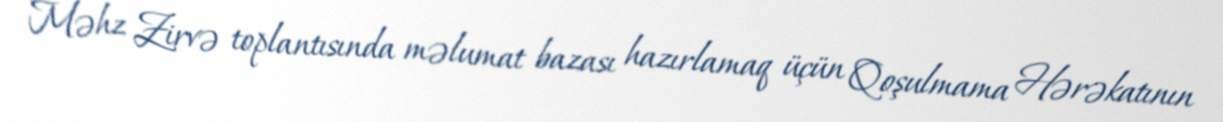
Məhz Zirvə toplantısında məlumat bazası hazırlamaq üçün Qoşulmama Hərəkatının